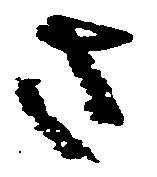
さ